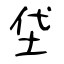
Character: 垈